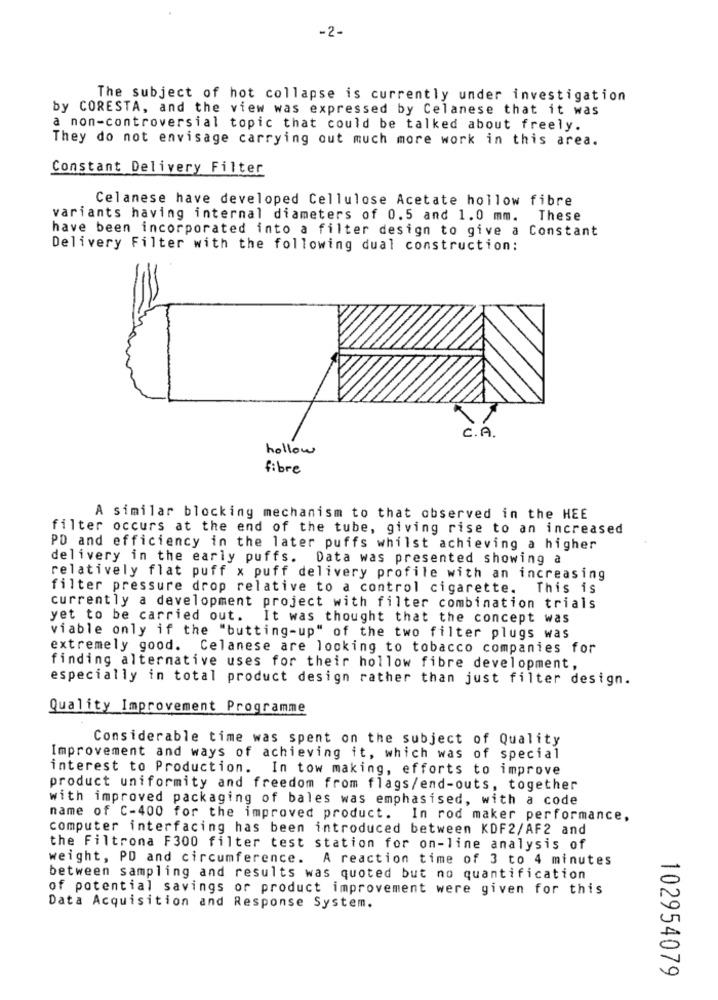
-2-
The subject of hot collapse is currently under investigation
by CORESTA, and the view was expressed by Celanese that it was
a non-controversial topic that could be talked about freely.
They do not envisage carrying out much more work in this area.
Constant Delivery Filter
Celanese have developed Cellulose Acetate hollow fibre
variants having internal diameters of 0.5 and 1.0 mm.
These
have been incorporated into a filter design to give a Constant
Delivery Filter with the following dual construction:
C . A .
hollow
fibre
A similar blocking mechanism to that observed in the HEE
filter occurs at the end of the tube, giving rise to an increased
PD and efficiency in the later puffs whilst achieving a higher
delivery in the early puffs. Data was presented showing a
relatively flat puff x puff delivery profile with an increasing
filter pressure drop relative to a control cigarette. This is
currently a development project with filter combination trials
yet to be carried out.
It was thought that the concept was
viable only if the "butting-up" of the two filter plugs was
extremely good. Celanese are looking to tobacco companies for
finding alternative uses for their hollow fibre development,
especially in total product design rather than just filter design.
Quality Improvement Programme
Considerable time was spent on the subject of Quality
Improvement and ways of achieving it, which was of special
interest to Production. In tow making, efforts to improve
product uniformity and freedom from flags/end-outs, together
with improved packaging of bales was emphasised, with a code
name of C-400 for the improved product.
In rod maker performance,
computer interfacing has been introduced between KDF2/AF2 and
the Filtrona F300 filter test station for on-line analysis of
weight, PD and circumference. A reaction time of 3 to 4 minutes
between sampling and results was quoted but no quantification
of potential savings or product improvement were given for this
Data Acquisition and Response System.
102954079